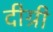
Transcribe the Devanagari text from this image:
दीग्री